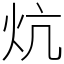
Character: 炕